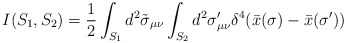
\begin{align*}I(S_1 , S_2 ) = \frac{1}{2} \int_{S_1 } d^2 \tilde{\sigma }_{\mu \nu } \int_{S_2 } d^2 \sigma^{\prime }_{\mu \nu } \delta^{4} (\bar{x} (\sigma ) - \bar{x} (\sigma^{\prime } ) )\end{align*}